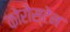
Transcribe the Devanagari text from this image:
कोरोस्टेन